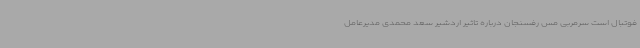
فوتبال است سرمربی مس رفسنجان درباره تاثیر اردشیر سعد محمدی مدیرعامل